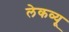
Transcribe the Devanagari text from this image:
लेकव्यू